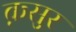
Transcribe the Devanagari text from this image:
क़सुर